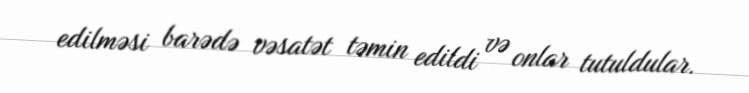
edilməsi barədə vəsatət təmin edildi və onlar tutuldular.